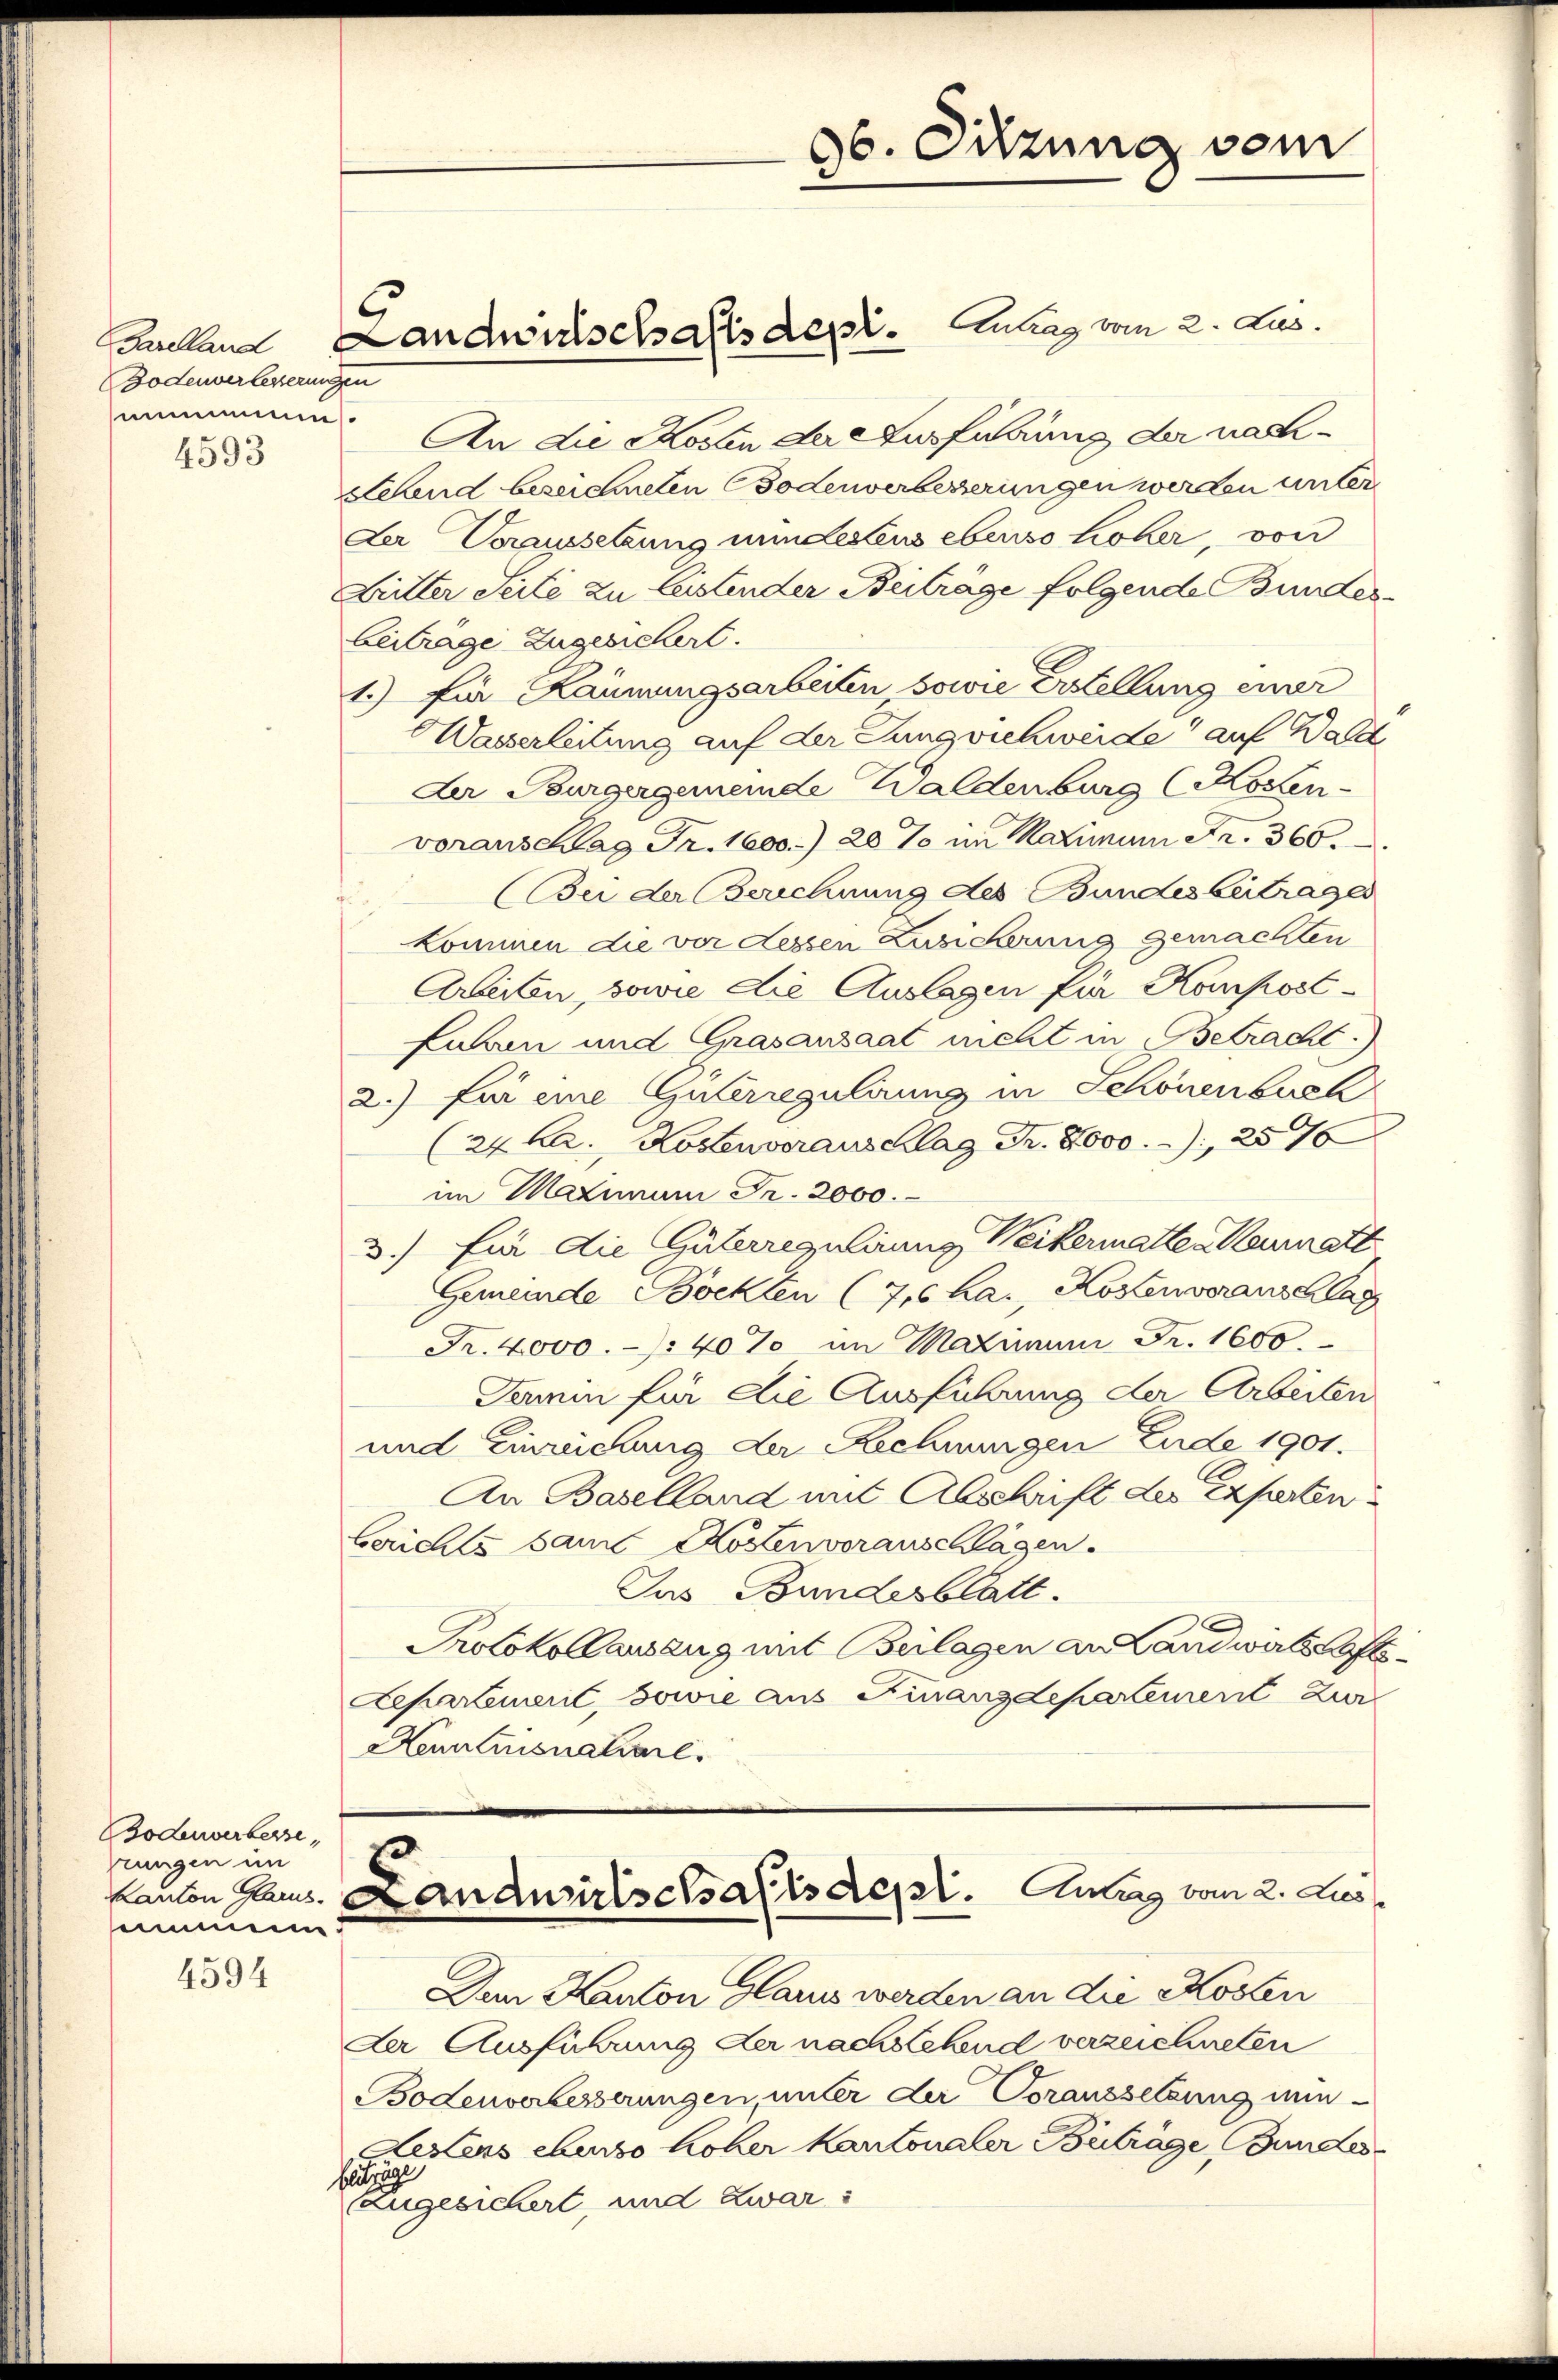
Bodenverlesserungen
mnmens
4593

Bodenverberse
prungen im
seimmenn d

4594

An die Kosten der Ausführung der nach¬
Sehend bezeichneten Bodenverbesserungen werden unter
Der Voraussetzung mindestens ebenso hoher, von
Butter Seite zu leistender Beiträge folgende Bundes¬
Beiträge zugesichert.
1.) Für Kannungsarbeiten sowie Erstellung einer
Wasserleitung auf der Jungviehweide auf Wald
Der Burgergemeinde Waldenburg (Rosen-
voranschag Fr. 1600.) 20 % in Maximum Fr. 360.
(Bei der Berechnung des Bundesbeitragen
kommen die vor dessen Zusicherung gemachten
Arbeiten, sowie die Auslagen für Kanpost¬
Lauren und Grasansaat nicht in Betracht.)
2.) für eine Güterregulirung in Schönenbuch
(24 ka. Kostenveranschlag Fr. 8000., 257
im Maximam Fr. 2000.
3.) Ein die Güterregulirung Weikermatte. Neumatt
Gemeinde Bockten (716 ha., Kozenveranschlag
Fr. 4000.- 40% im Maximum Fr. 1600.
Termin für die Ausführung der Arbeiten
und Einreichung der Rechnungen Ende 1901.
An Baselland mit Abschrift des Experten
berichts samt Kostenvoranschlagen.
Jas Bundesblatt.
Protokollauszug mit Beilagen an Landwirtschafts¬
Lepartiert, sowie aus Finanzdepartement zur
Kenntnisnaliare.

Dem Kanton Glarus werden an die Kosten
Der Ausführung der nachstehend verzeichneten
Bodenverbesserungen unter der Voraussetzung min-
Sees ebenso hoher Kantonaler Beträge, Bundesbebrige
Zugesichert, und zwar:

Faillen Landwirtschaftsdepr. Antrag vom 2. Jus

96. Sitzung vom

kanton Haus. Lanausirischsalis Sept. Antag vom 2. Jus